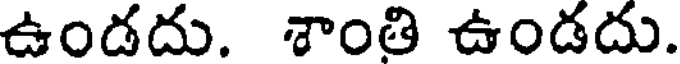
ఉండదు. శాంతి ఉండదు.